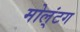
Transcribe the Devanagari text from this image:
मोल्‌ंटग